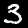
Digit: 3